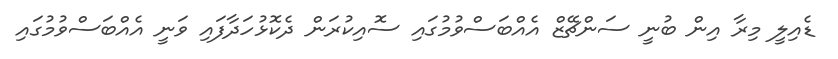
ޑެއިލީ މިރާ އިން ބުނީ ސަންޗޭޒް އެއްބަސްވުމުގައި ސޮއިކުރަން ދެކޮޅުހަދާފައި ވަނީ އެއްބަސްވުމުގައި